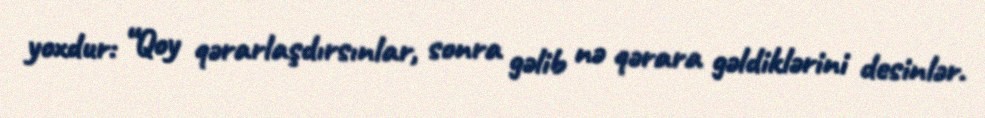
yoxdur: “Qoy qərarlaşdırsınlar, sonra gəlib nə qərara gəldiklərini desinlər.